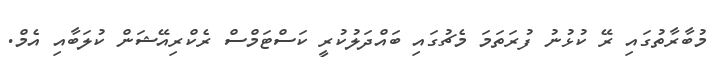
މުބާރާތުގައި ރޭ ކުޅުނު ފުރަތަމަ މެޗުގައި ބައްދަލުކުރީ ކަސްޓަމްސް ރެކްރިއޭޝަން ކުލަބާއި އެމް.